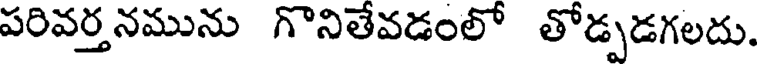
పరివర్తనమును గొనితేవడంలో తోడ్పడగలదు.